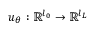
u _ { \theta } : \mathbb { R } ^ { l _ { 0 } } \rightarrow \mathbb { R } ^ { l _ { L } }